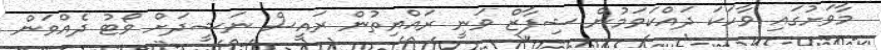
މާވަށުގައި ވާހަކަ ދައްކަވަމުން ޝިފާޒް ވަނީ ރައްޔިތުން ރައީސް ނަޝީދަށް ވޯޓު ދެއްވަން